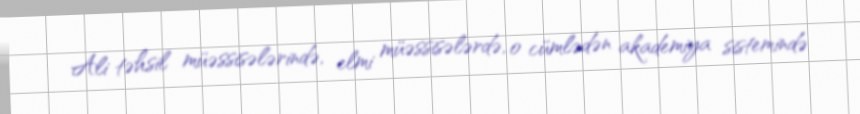
Ali təhsil müəssisələrində, elmi müəssisələrdə, o cümlədən akademiya sistemində